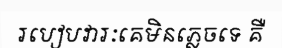
របៀបវារៈគេមិនភ្លេចទេ គឺ